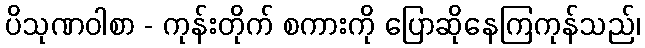
ပိသုဏဝါစာ - ကုန်းတိုက် စကားကို ပြောဆိုနေကြကုန်သည်၊